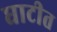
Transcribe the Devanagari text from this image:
घाटीत